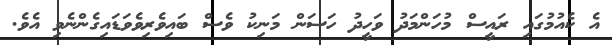
އެ ކެއުމުގައި ރައީސް މުހަންމަދު ވަހީދު ހަސަން މަނިކު ވެސް ބައިވެރިވެވަޑައިގެންނެވި އެވެ.